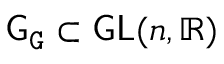
{ \mathsf { G } } _ { \mathtt { G } } \subset \mathsf { G L } ( n , \mathbb { R } )